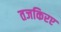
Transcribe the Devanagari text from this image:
तजकिरए